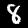
Label: 8